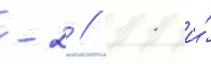
-2 // 11 и́